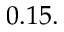
0 . 1 5 .